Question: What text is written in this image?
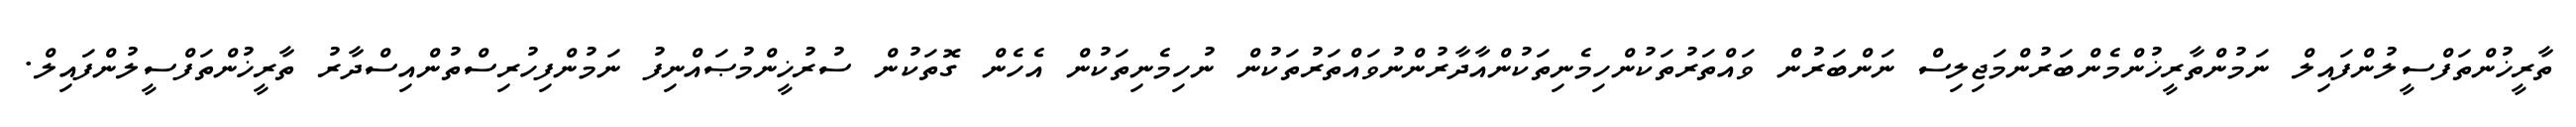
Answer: ތާރީޚުންތަފްސީލުންފައިލް ނަމުންތާރީޚުންމެންބަރުންމަޖިލިސް ނަންބަރުން ވައްތަރުތަކުންހިމެނިތަކުންއާދާރުންނުވައްތަރުތަކުން ނުހިމެނިތަކުން އެހެން ގޮތަކުން ސުރުޚީންމުޞައްނިފު ނަމުންފިހުރިސްތުންއިސްދާރު ތާރީޚުންތަފްސީލުންފައިލް.